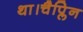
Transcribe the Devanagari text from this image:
था।चैप्लिन